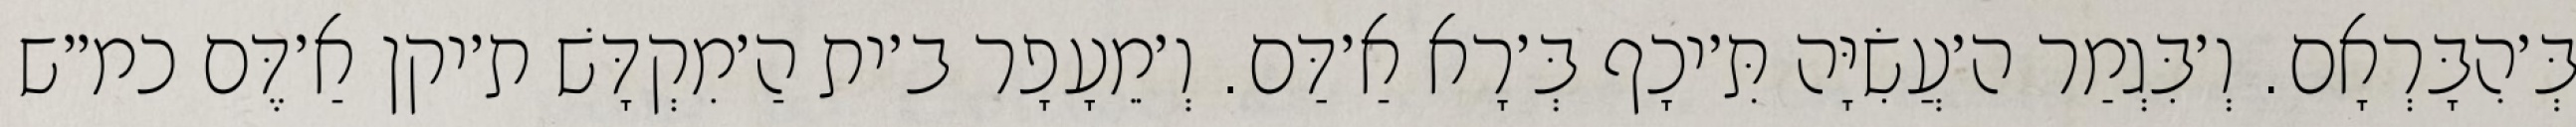
בְּ׳הִבָּרְאָם. וְ׳בִּגְמַר ה׳עֲשִׂיָּה תִּ׳יכָף בְּ׳רָא אַ׳דַּם. וְ׳מֵעָפָר ב׳ית הַ׳מִקְדָּשׁ ת׳יקן אַ׳דֶּם כמ״ש